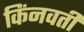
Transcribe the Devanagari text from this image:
किंनवती